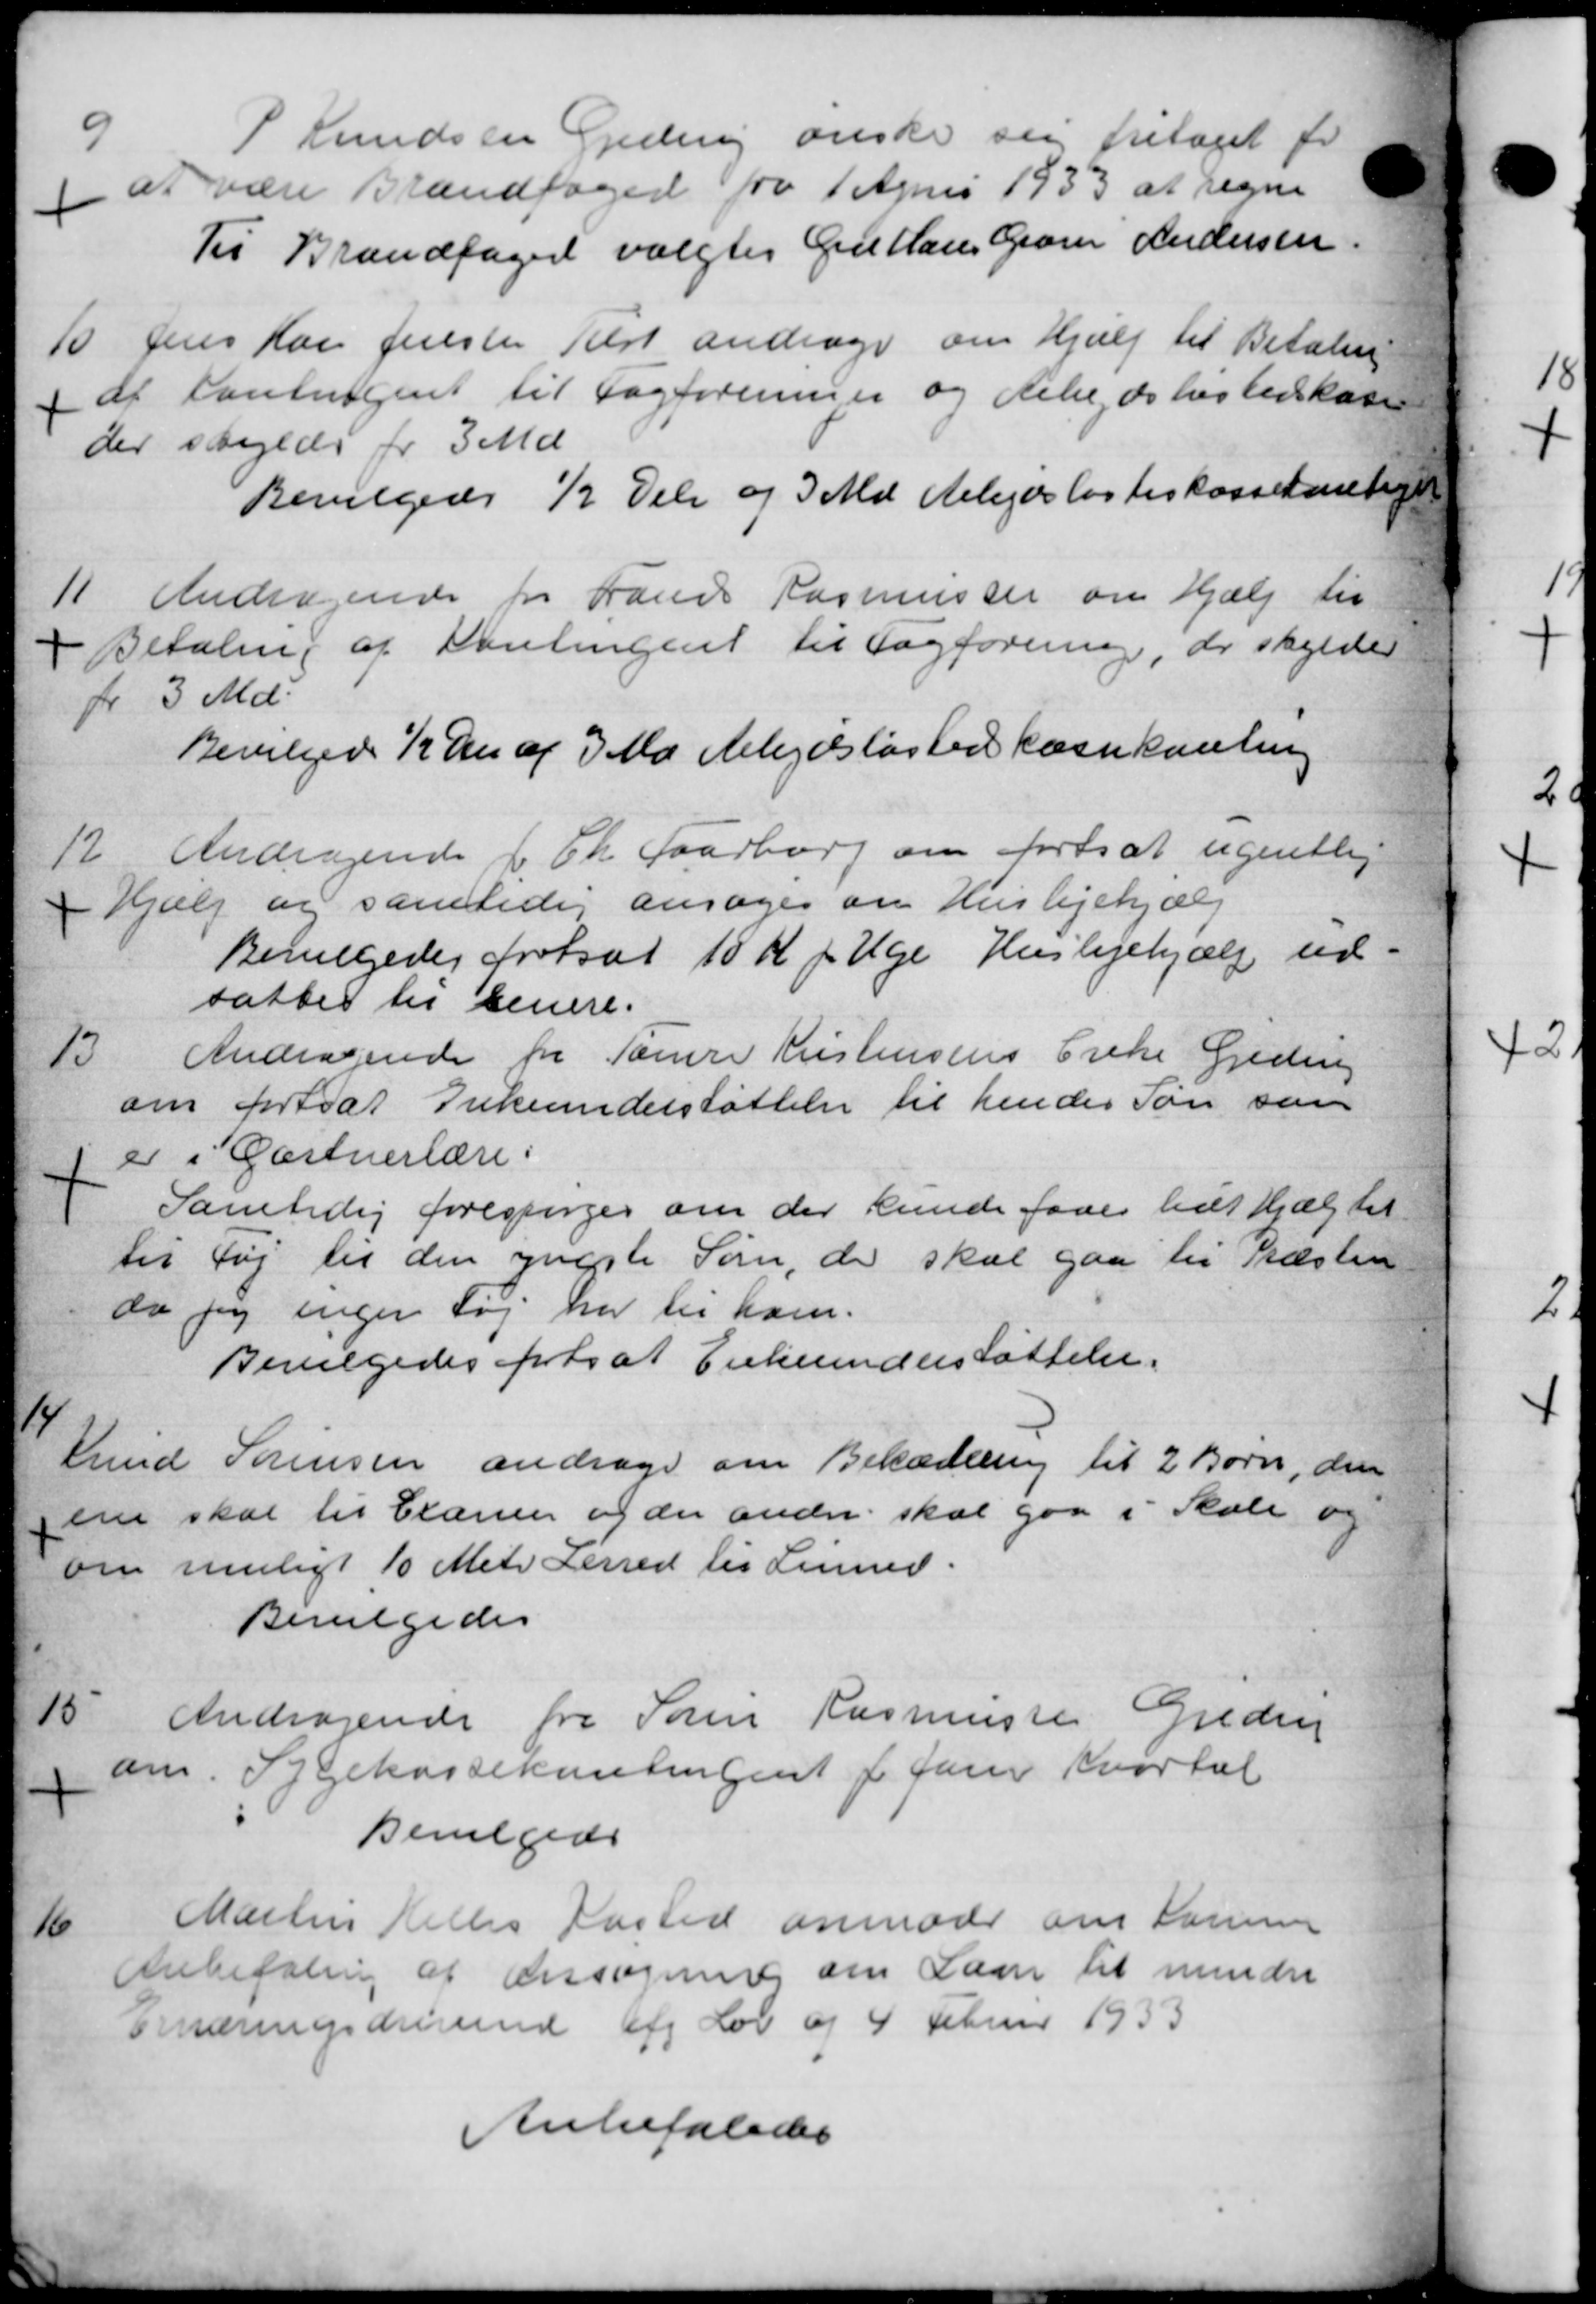
Transskription:
9
S Knudsen Gedering ønske sig fritaget for
1 at være Brandfoged fra 1 April 1933 at regne
Til Brandfoged valgtes Grus Claus Garer Andersen
10.
Jens Kan fester Alst andrager om Hjælp til Betaling
af Cantingent til Fagforeninger og delse, de hos beskas
der skylde for 3 Md.
Bevilgedes ½ Dele og 3 Md telejer lagteskassekontiget
11.
Andragende for Laurs Rasmussen om Hjælp til
I Betaling af Kontingent til Sagforening, der skylde
for 3 Md.
Bevilgede ½ de af 3 Ma Arbejdsløshedskassehanling
12
Andragende f Th. Faaborg om fortsat ugentlig
Hjælp og samtidig ansøger om Huslejehjælp
Bevilgedes fortsat 10 Kr pr. Uge Huslejehjælp ud-
sattes til senere.
13.
Andragende for Tømre Kristensens Enke Geding
om fortsat Enkeunderstøttelse til hendes Søn som
er i Gartnerlære:
Samtidig forespørger om der kunde faaes hushjælp til
til Tøj til den yngste Søren, der skal gaa til Præsten
da jeg ingen Søj har til ham.
Bevilgedes fortsat Enkeunderstøttelse.
14
Knud Sørensen andrage om Bekædlling til 2 Børn, den
ern skal til Clærver og der ander skal gaa i Skole og
om muligt 10 Metr Ferred til Linned.
Bevilgedes
15
Andragende fra Søren Rasmussen Gredsig
am. Sygekassekontingent 1 Juni Kvartal
Bevilgede
16
Martin Helles Kasted anmoder om Somme
Anbefaling af Ansøgning om Laan til mindre
Ernæringsdrørende og Lov og 4 Februar 1933
Anbefaledes